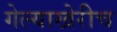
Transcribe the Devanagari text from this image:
गेल्याखेरीच